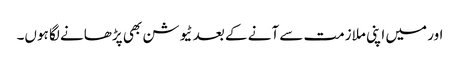
اور میں اپنی ملازمت سے آنے کے بعد ٹیوشن بھی پڑھانے لگا ہوں۔